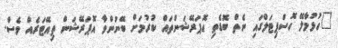
"ހުޅުމާލޭ ހޮސްޕިޓަލްގައި ނެތް ބޮޑެތި އޮޕަރޭޝަންތައް ކުރުމަށް ބޭނުންވާ އޮޕަރޭޝަން ތިއޭޓަރެއް ވެސް.